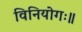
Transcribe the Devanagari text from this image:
विनियोगः॥